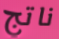
ناتج